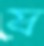
য